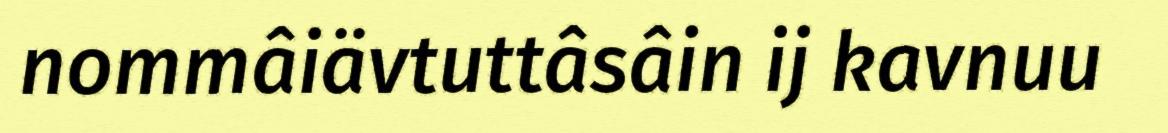
nommâiävtuttâsâin ij kavnuu